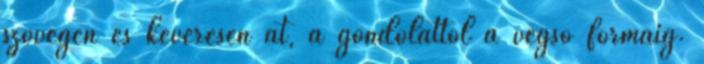
szövegen és keverésen át, a gondolattól a végső formáig.